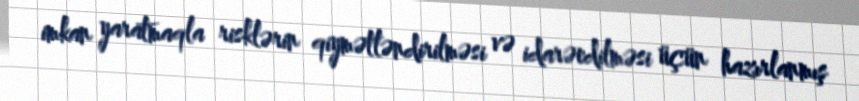
imkan yaratmaqla risklərin qiymətləndirilməsi və idarəedilməsi üçün hazırlanmış